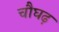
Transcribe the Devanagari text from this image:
चौघढ़